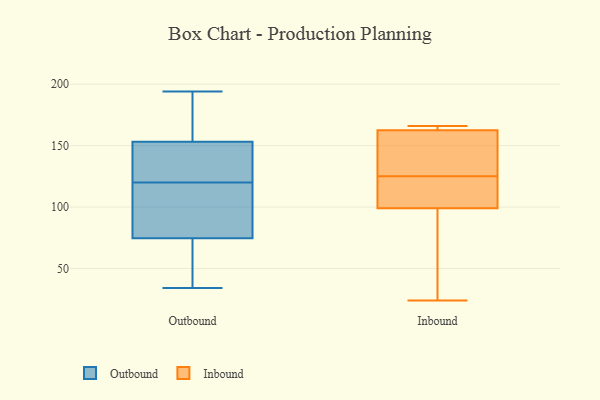
{"axis": {"x": "Waste Production (Tons)", "y": "Value"}, "legend": ["Inbound", "Outbound"], "data": [{"x": "", "y": 59, "type": "Outbound"}, {"x": "", "y": 194, "type": "Outbound"}, {"x": "", "y": 100, "type": "Outbound"}, {"x": "", "y": 157, "type": "Outbound"}, {"x": "", "y": 120, "type": "Outbound"}, {"x": "", "y": 130, "type": "Outbound"}, {"x": "", "y": 69, "type": "Outbound"}, {"x": "", "y": 34, "type": "Outbound"}, {"x": "", "y": 129, "type": "Outbound"}, {"x": "", "y": 102, "type": "Outbound"}, {"x": "", "y": 162, "type": "Outbound"}, {"x": "", "y": 91, "type": "Outbound"}, {"x": "", "y": 155, "type": "Outbound"}, {"x": "", "y": 60, "type": "Outbound"}, {"x": "", "y": 148, "type": "Outbound"}, {"x": "", "y": 153, "type": "Inbound"}, {"x": "", "y": 158, "type": "Inbound"}, {"x": "", "y": 166, "type": "Inbound"}, {"x": "", "y": 108, "type": "Inbound"}, {"x": "", "y": 29, "type": "Inbound"}, {"x": "", "y": 164, "type": "Inbound"}, {"x": "", "y": 164, "type": "Inbound"}, {"x": "", "y": 24, "type": "Inbound"}, {"x": "", "y": 96, "type": "Inbound"}, {"x": "", "y": 119, "type": "Inbound"}, {"x": "", "y": 125, "type": "Inbound"}]}